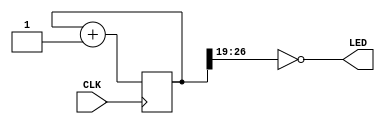
// This program was cloned from: https://github.com/sam210723/fpga
// License: MIT License

module top(
    input           CLK,
    output  [7:0]   LED
);

    reg [27:0] counter;

    // Increment counter on rising edge of clock
    always @(posedge CLK) begin
        counter <= counter + 1;
    end

    // Assign LED register to upper 8 bits of counter register
    assign LED = ~counter[27:19];

endmodule